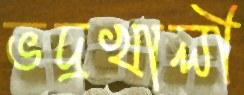
ভদ্রখালী